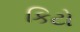
કિટો